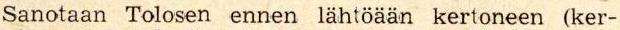
Sanotaan Tolosen ennen lähtöään kertoneen (ker-